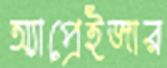
অ্যাপ্রেইজার